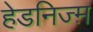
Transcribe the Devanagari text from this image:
हेडनिज्म़